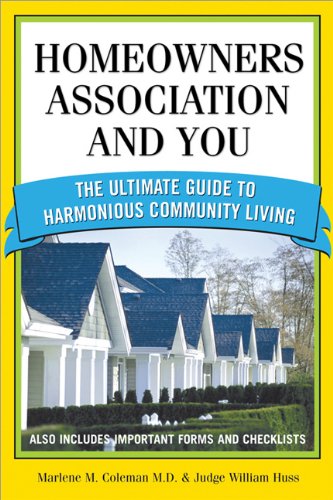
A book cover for Homeowners Association and You: The Ultimate Guide to Harmonious Community Living (You and Your Homeowner's Association); Judge Huss; Law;